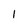
Character: l